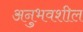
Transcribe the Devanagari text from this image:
अनुभवशील